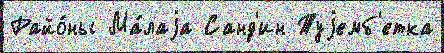
Райо́ны Ма́лаjа Санд'ин Туjемб'етка